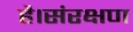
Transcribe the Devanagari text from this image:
है।संरक्षण